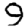
Digit: 9